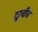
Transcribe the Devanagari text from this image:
दूरचीच